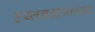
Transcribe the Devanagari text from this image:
हस्तनक्षत्राच्या